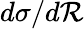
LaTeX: d\sigma/d\mathcal{R}